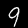
Label: 9